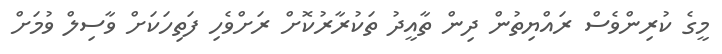
މީގެ ކުރިންވެސް ރައްޔިތުން ދިން ތާއީދު ތަކުރާރުކޮށް ރަށްވެހި ފަތިހަކަށް ވާސިލް ވުމަށް